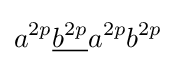
a^{2p}{\underline {b^{2p}}}a^{2p}b^{2p}